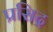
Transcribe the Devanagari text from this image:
प्रसिद्र